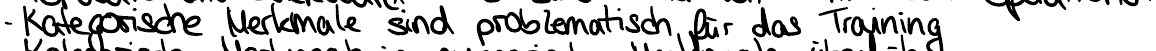
- Kategorische Merkmale sind problematisch für das Training